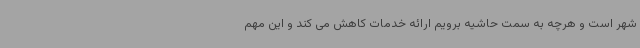
شهر است و هرچه به سمت حاشیه برویم ارائه خدمات کاهش می کند و این مهم